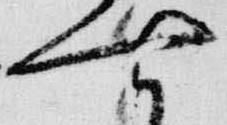
七